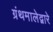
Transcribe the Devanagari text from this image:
ग्रंथमालेद्वारे